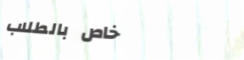
خاص بالطلاب